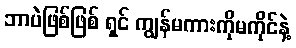
ဘာပဲဖြစ်ဖြစ် ရှင် ကျွန်မကားကိုမကိုင်နဲ့